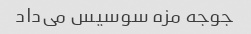
جوجه مزه سوسیس می‌داد